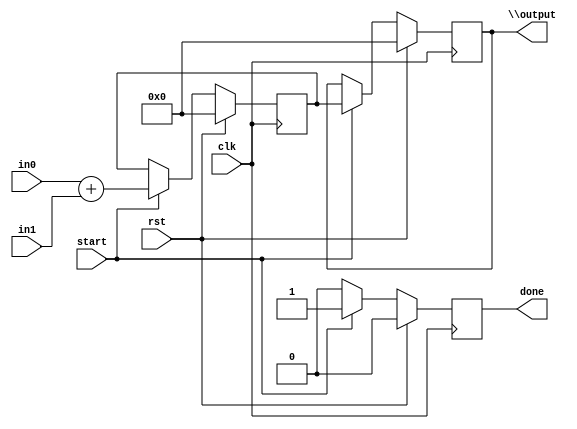
module ping(done, start, in0, in1, rst, clk, \output );
  reg \initial  = 0;
  (* src = "/media/tim/GIT/tcal-x/CFU-Playground/proj/hps_accel/gateware/gen1/hps_cfu.py:41" *)
  wire [32:0] \$1 ;
  (* src = "/media/tim/GIT/tcal-x/CFU-Playground/proj/hps_accel/gateware/gen1/hps_cfu.py:41" *)
  wire [32:0] \$2 ;
  (* src = "/media/tim/GIT/tcal-x/CFU-Playground/third_party/python/nmigen/nmigen/hdl/ir.py:524" *)
  input clk;
  (* src = "/media/tim/GIT/tcal-x/CFU-Playground/python/nmigen_cfu/cfu.py:53" *)
  output done;
  reg done = 1'h0;
  (* src = "/media/tim/GIT/tcal-x/CFU-Playground/python/nmigen_cfu/cfu.py:53" *)
  reg \done$next ;
  (* src = "/media/tim/GIT/tcal-x/CFU-Playground/python/nmigen_cfu/cfu.py:48" *)
  input [31:0] in0;
  (* src = "/media/tim/GIT/tcal-x/CFU-Playground/python/nmigen_cfu/cfu.py:54" *)
  wire [31:0] in0s;
  (* src = "/media/tim/GIT/tcal-x/CFU-Playground/python/nmigen_cfu/cfu.py:49" *)
  input [31:0] in1;
  (* src = "/media/tim/GIT/tcal-x/CFU-Playground/python/nmigen_cfu/cfu.py:55" *)
  wire [31:0] in1s;
  (* src = "/media/tim/GIT/tcal-x/CFU-Playground/python/nmigen_cfu/cfu.py:51" *)
  output [31:0] \output ;
  reg [31:0] \output  = 32'd0;
  (* src = "/media/tim/GIT/tcal-x/CFU-Playground/python/nmigen_cfu/cfu.py:51" *)
  reg [31:0] \output$next ;
  (* src = "/media/tim/GIT/tcal-x/CFU-Playground/third_party/python/nmigen/nmigen/hdl/ir.py:524" *)
  input rst;
  (* src = "/media/tim/GIT/tcal-x/CFU-Playground/python/nmigen_cfu/cfu.py:52" *)
  input start;
  (* src = "/media/tim/GIT/tcal-x/CFU-Playground/proj/hps_accel/gateware/gen1/hps_cfu.py:38" *)
  reg [31:0] stored_value = 32'd0;
  (* src = "/media/tim/GIT/tcal-x/CFU-Playground/proj/hps_accel/gateware/gen1/hps_cfu.py:38" *)
  reg [31:0] \stored_value$next ;
  assign \$2  = in0 + (* src = "/media/tim/GIT/tcal-x/CFU-Playground/proj/hps_accel/gateware/gen1/hps_cfu.py:41" *) in1;
  always @(posedge clk)
    done <= \done$next ;
  always @(posedge clk)
    \output  <= \output$next ;
  always @(posedge clk)
    stored_value <= \stored_value$next ;
  always @* begin
    if (\initial ) begin end
    \stored_value$next  = stored_value;
    (* src = "/media/tim/GIT/tcal-x/CFU-Playground/proj/hps_accel/gateware/gen1/hps_cfu.py:39" *)
    casez (start)
      /* src = "/media/tim/GIT/tcal-x/CFU-Playground/proj/hps_accel/gateware/gen1/hps_cfu.py:39" */
      1'h1:
          \stored_value$next  = \$2 [31:0];
    endcase
    (* src = "/media/tim/GIT/tcal-x/CFU-Playground/third_party/python/nmigen/nmigen/hdl/xfrm.py:519" *)
    casez (rst)
      1'h1:
          \stored_value$next  = 32'd0;
    endcase
  end
  always @* begin
    if (\initial ) begin end
    \output$next  = \output ;
    (* src = "/media/tim/GIT/tcal-x/CFU-Playground/proj/hps_accel/gateware/gen1/hps_cfu.py:39" *)
    casez (start)
      /* src = "/media/tim/GIT/tcal-x/CFU-Playground/proj/hps_accel/gateware/gen1/hps_cfu.py:39" */
      1'h1:
          \output$next  = stored_value;
    endcase
    (* src = "/media/tim/GIT/tcal-x/CFU-Playground/third_party/python/nmigen/nmigen/hdl/xfrm.py:519" *)
    casez (rst)
      1'h1:
          \output$next  = 32'd0;
    endcase
  end
  always @* begin
    if (\initial ) begin end
    (* full_case = 32'd1 *)
    (* src = "/media/tim/GIT/tcal-x/CFU-Playground/proj/hps_accel/gateware/gen1/hps_cfu.py:39" *)
    casez (start)
      /* src = "/media/tim/GIT/tcal-x/CFU-Playground/proj/hps_accel/gateware/gen1/hps_cfu.py:39" */
      1'h1:
          \done$next  = 1'h1;
      /* src = "/media/tim/GIT/tcal-x/CFU-Playground/proj/hps_accel/gateware/gen1/hps_cfu.py:45" */
      default:
          \done$next  = 1'h0;
    endcase
    (* src = "/media/tim/GIT/tcal-x/CFU-Playground/third_party/python/nmigen/nmigen/hdl/xfrm.py:519" *)
    casez (rst)
      1'h1:
          \done$next  = 1'h0;
    endcase
  end
  assign \$1  = \$2 ;
  assign in1s = in1;
  assign in0s = in0;
endmodule